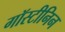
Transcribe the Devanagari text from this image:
गॉस्टीनिन